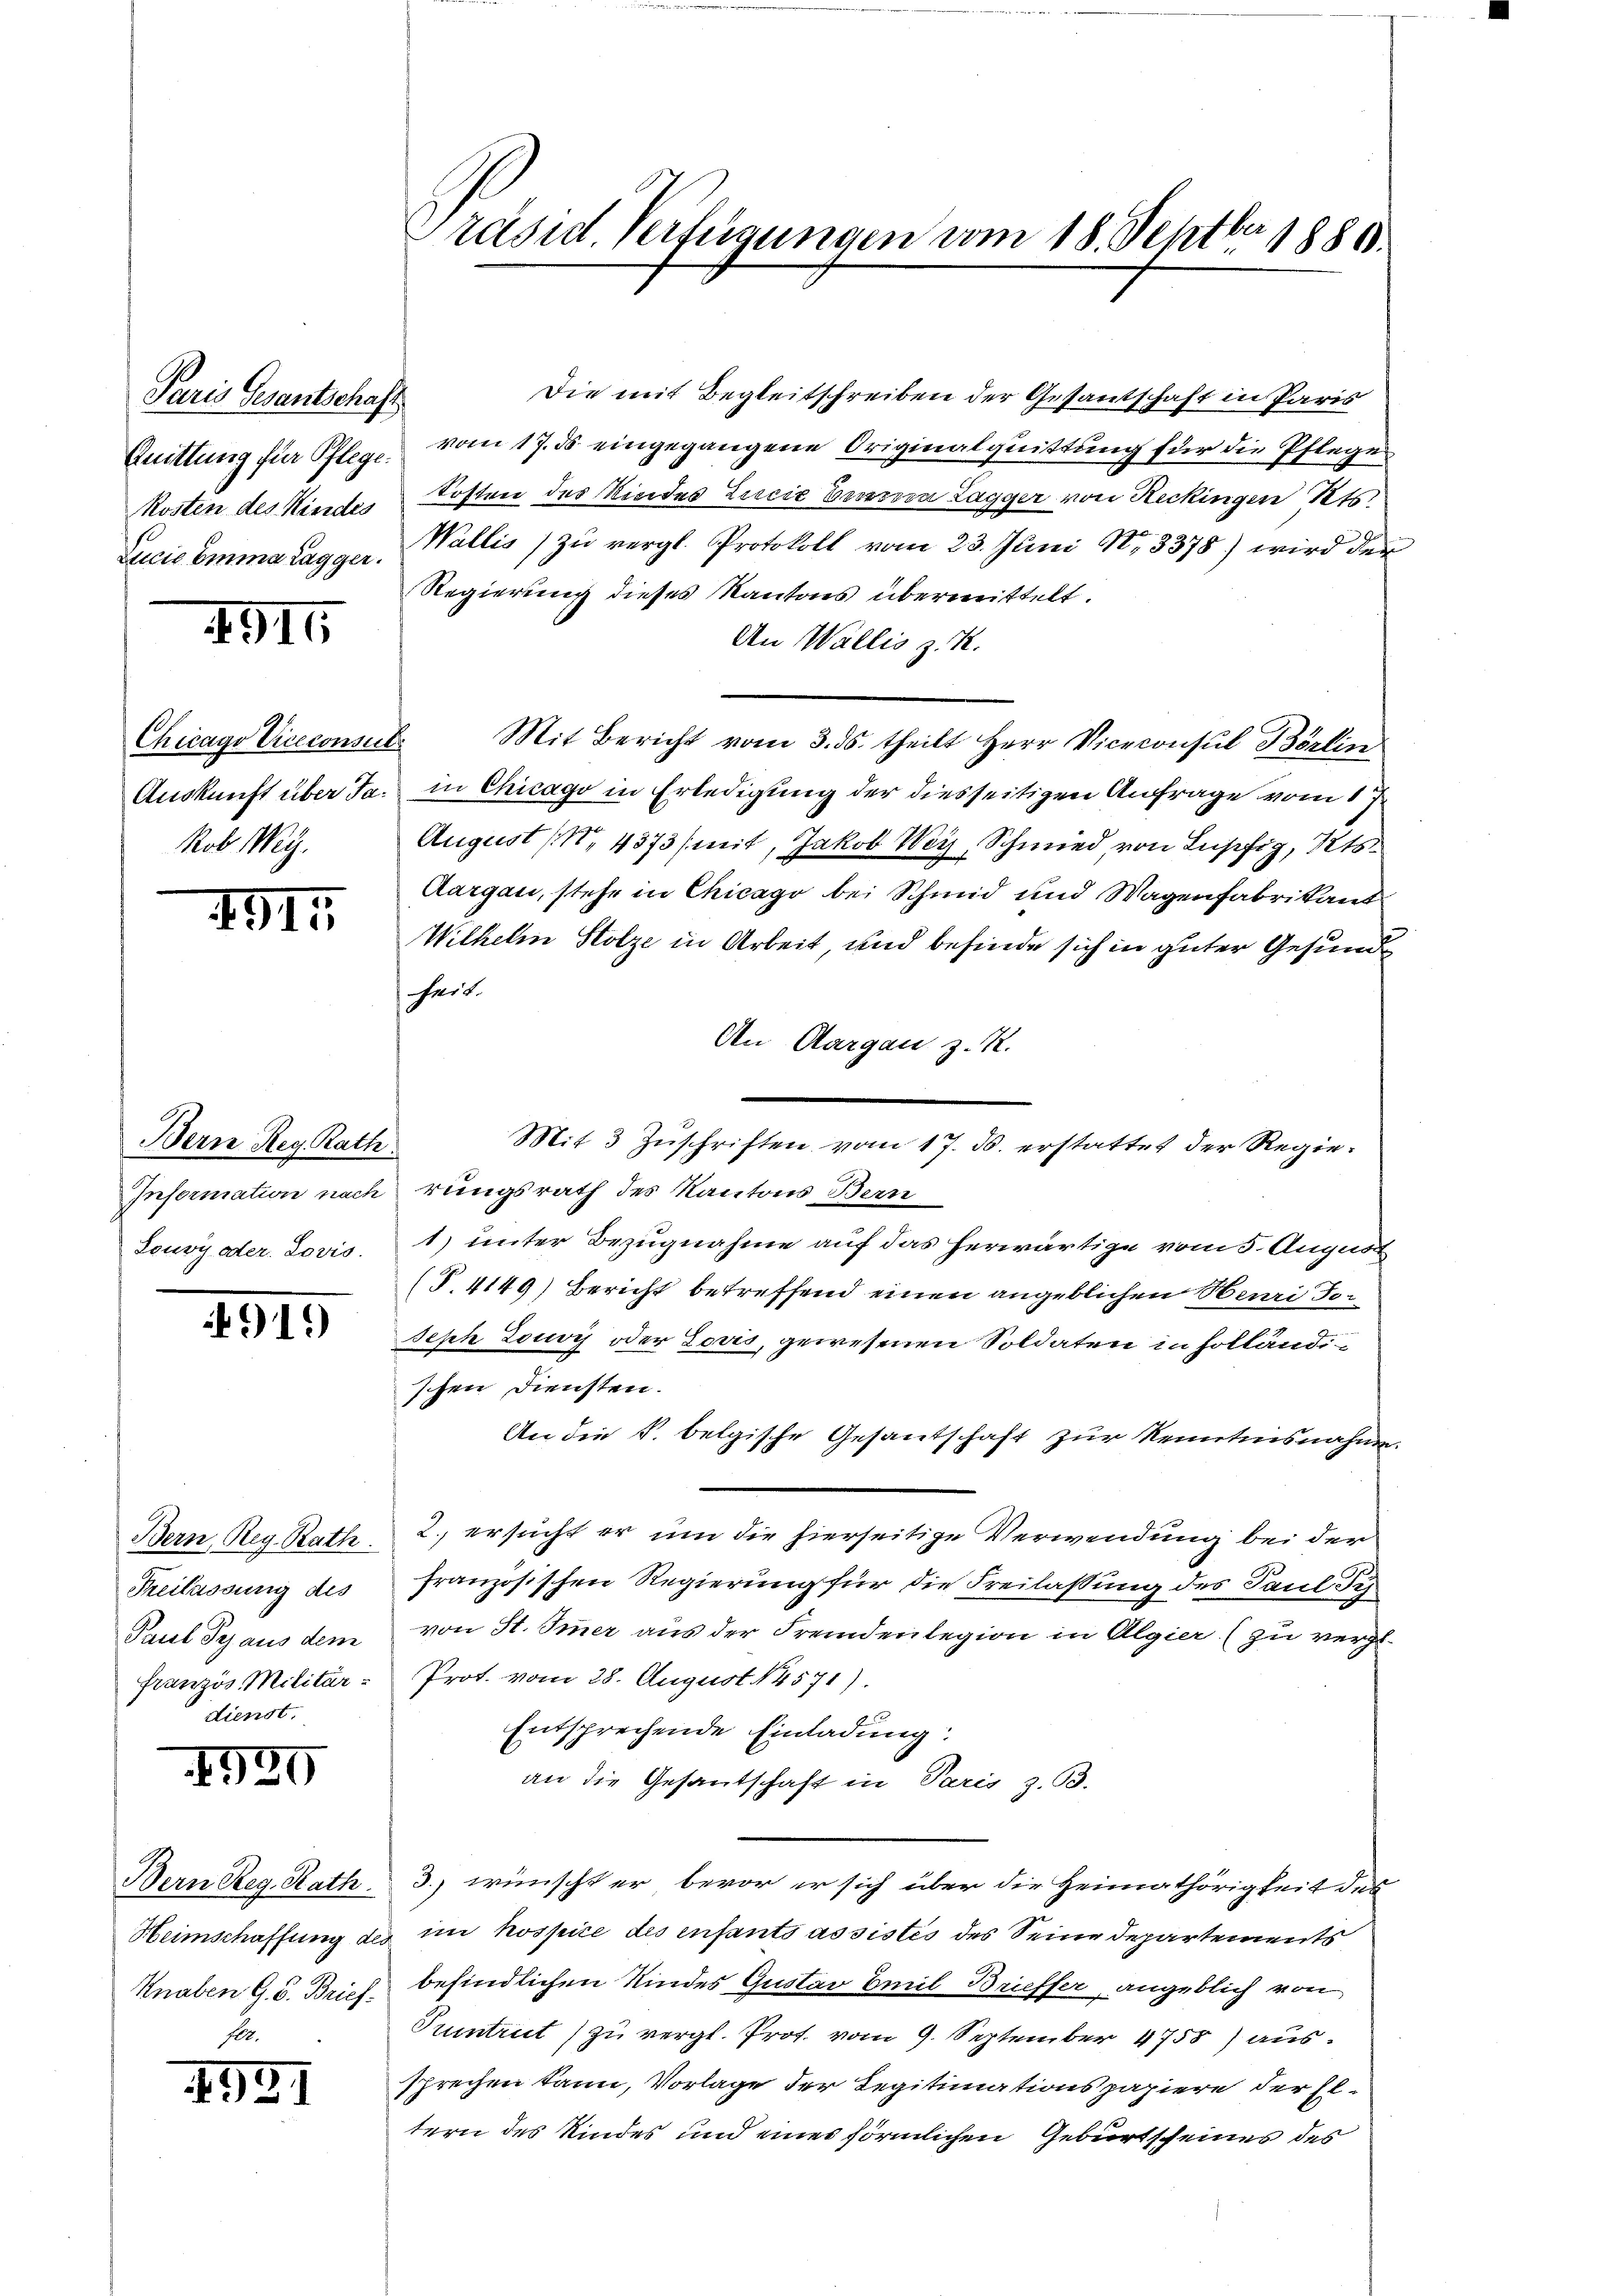
Paris Gesantschaft
Quittung für Pflege.
Kosten des Kindes
Lucia Emma Tagger.

4915

Chicago Viceconsul
Auskunft über Ja¬
Rob Weg.

4915

Bern Reg. Rath
Louvy oder Lovis.

919)

Bern, Reg. Rath.
Freilassung des
Paul Pej aus dem
Französ. Militär-
dienst.

529

Bern Reg. Rath
Heimschaffung des
Knaben G. B. Brief.
E

1941

Präsid. Verfügungen vom 18. Septbr 1880.

Die mit Begleitschreiben der Gesantschaft in Paris
vom 17. ds eingegangene Originalquittung für die Pfleges
Kosten des Niedes Licic besseron Tagger von Heckingen Kts.
Wallis zu vergl. Protokoll vom 23. Juni N. 3378) wird der
Regierung dieses Kantons übermittelt.
An Wallis z. R.
Mit Bericht vom 3. ds. theilt Herr Viceconsul Börlin
in Chicago in Erledigung der diesseitigen Anfrage vom 1ten
August (14373 (mit Jakob Wey, Schmied von Lupfig, Kts.
Aargau, stehe in Chicago bei Schmid und Wagenfabrikant
Wilhelm Stolze in Arbeit und befinde sich in guter Gesund
heit.
An Aargau z. R.
Mit 3 Zuschriften vom 17. ds. erstattet der Regie¬
Information nachrungsrath des Kantons Bern
1) unter Bezugnahme auf das herwärtige vom 5. August
(T.4149) Bericht betreffend einen angeblichen Henri Te-
Seph Lony oder Louis, gewesenen Soldaten in Holländischen Diensten.
An die k. belgische Gesantschaft zur Kenntnisnahme.
2. ersucht er um die hierseitige Verwendung bei der
französischen Regierung für die Freilassung des Paul devon St. Immer aus der Fremdenlegion in Algier (zu vergl.
Prot. vom 28. August 4571).
Entsprechende Einladung:
an die Gesandschaft in Paris z. B.
3.) wünscht er bevor er sich über die Heimathörigkeit des
im hospice des enfants assistes des Seine Departements
befindlichen Kindes Gustav Emil Brieffer, angeblich von
Suntrut zu vergl. Prot. vom 9. September 4758) aussprechen kann, Vorlage der Legitimationspapiere der Eltern des Kindes und eines förmlichen Geburtscheines des